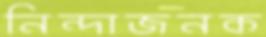
নিন্দাজনক